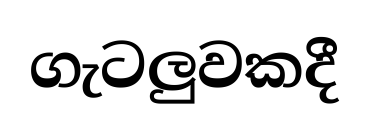
ගැටලුවකදී